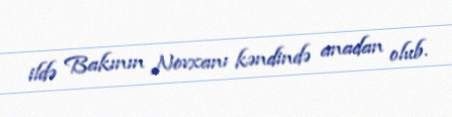
ildə Bakının Novxanı kəndində anadan olub.